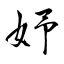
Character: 妤